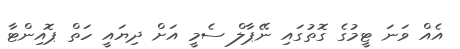
އެއް ވަނަ ޓީމުގެ ގޮތުގައި ނޭޕާލް ސެމީ އަށް ދިޔައީ ހަތް ޕޮއިންޓާ